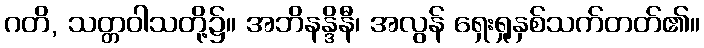
ဂတိ, သတ္တဝါသတို့၌။ အဘိနန္ဒိနီ၊ အလွန် ရှေးရှုနှစ်သက်တတ်၏။